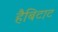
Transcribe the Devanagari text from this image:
हैबिटाट